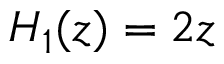
H _ { 1 } ( z ) = 2 z